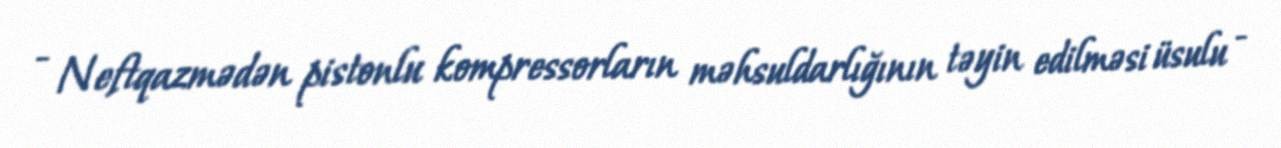
- Neftqazmədən pistonlu kompressorların məhsuldarlığının təyin edilməsi üsulu -